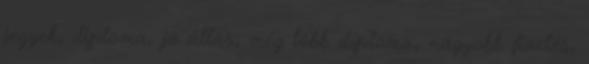
jegyek, diploma, jó állás, még több diploma, nagyobb fizetés,